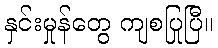
နှင်းမှုန်တွေ ကျစပြုပြီ။